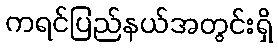
ကရင်ပြည်နယ်အတွင်းရှိ